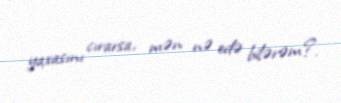
yaxasını cırarsa, mən nə edə bilərəm?.